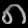
Digit: ၈